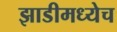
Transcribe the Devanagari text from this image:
झाडीमध्येच